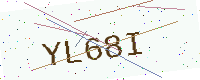
Text: YL68I